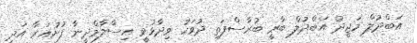
އަބްދުލް މަޖީދު އަބްދުލް ބާރީ ބުރާސްފަތި ދުވަހު ވިދާޅުވީ އިސްލާމްދީނާ ފުށުއަރާ އަދި